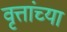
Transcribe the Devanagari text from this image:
वृत्तांच्या